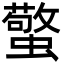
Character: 蟼